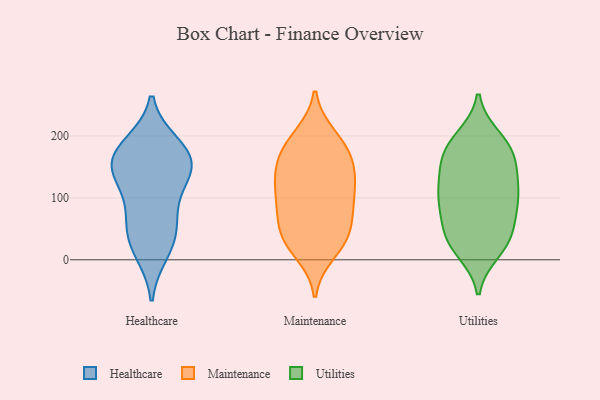
{"axis": {"x": "Conversion Rate (%)", "y": "Value"}, "legend": ["Healthcare", "Maintenance", "Utilities"], "data": [{"x": "", "y": 151, "type": "Healthcare"}, {"x": "", "y": 128, "type": "Healthcare"}, {"x": "", "y": 12, "type": "Healthcare"}, {"x": "", "y": 162, "type": "Healthcare"}, {"x": "", "y": 65, "type": "Healthcare"}, {"x": "", "y": 154, "type": "Healthcare"}, {"x": "", "y": 44, "type": "Healthcare"}, {"x": "", "y": 162, "type": "Healthcare"}, {"x": "", "y": 126, "type": "Healthcare"}, {"x": "", "y": 78, "type": "Healthcare"}, {"x": "", "y": 25, "type": "Healthcare"}, {"x": "", "y": 186, "type": "Healthcare"}, {"x": "", "y": 184, "type": "Healthcare"}, {"x": "", "y": 46, "type": "Maintenance"}, {"x": "", "y": 119, "type": "Maintenance"}, {"x": "", "y": 194, "type": "Maintenance"}, {"x": "", "y": 68, "type": "Maintenance"}, {"x": "", "y": 12, "type": "Maintenance"}, {"x": "", "y": 159, "type": "Maintenance"}, {"x": "", "y": 98, "type": "Maintenance"}, {"x": "", "y": 200, "type": "Maintenance"}, {"x": "", "y": 30, "type": "Maintenance"}, {"x": "", "y": 87, "type": "Maintenance"}, {"x": "", "y": 40, "type": "Maintenance"}, {"x": "", "y": 172, "type": "Maintenance"}, {"x": "", "y": 135, "type": "Maintenance"}, {"x": "", "y": 145, "type": "Maintenance"}, {"x": "", "y": 124, "type": "Maintenance"}, {"x": "", "y": 90, "type": "Maintenance"}, {"x": "", "y": 31, "type": "Maintenance"}, {"x": "", "y": 176, "type": "Maintenance"}, {"x": "", "y": 44, "type": "Utilities"}, {"x": "", "y": 160, "type": "Utilities"}, {"x": "", "y": 134, "type": "Utilities"}, {"x": "", "y": 30, "type": "Utilities"}, {"x": "", "y": 28, "type": "Utilities"}, {"x": "", "y": 98, "type": "Utilities"}, {"x": "", "y": 118, "type": "Utilities"}, {"x": "", "y": 105, "type": "Utilities"}, {"x": "", "y": 187, "type": "Utilities"}, {"x": "", "y": 94, "type": "Utilities"}, {"x": "", "y": 79, "type": "Utilities"}, {"x": "", "y": 93, "type": "Utilities"}, {"x": "", "y": 156, "type": "Utilities"}, {"x": "", "y": 144, "type": "Utilities"}, {"x": "", "y": 184, "type": "Utilities"}, {"x": "", "y": 58, "type": "Utilities"}, {"x": "", "y": 182, "type": "Utilities"}, {"x": "", "y": 197, "type": "Utilities"}, {"x": "", "y": 26, "type": "Utilities"}, {"x": "", "y": 14, "type": "Utilities"}]}